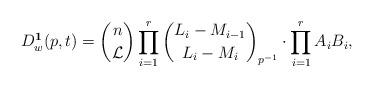
LaTeX: \begin{align*} D_w^{\mathbf{1}}(p,t) = \binom{n}{\mathcal{L}} \prod_{i = 1}^r \binom{L_i - M_{i - 1}}{L_i - M_i}_{p^{-1}} \cdot \prod_{i = 1}^{r} A_i B_i,\end{align*}